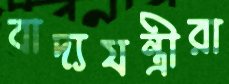
বাদ্যযন্ত্রীরা